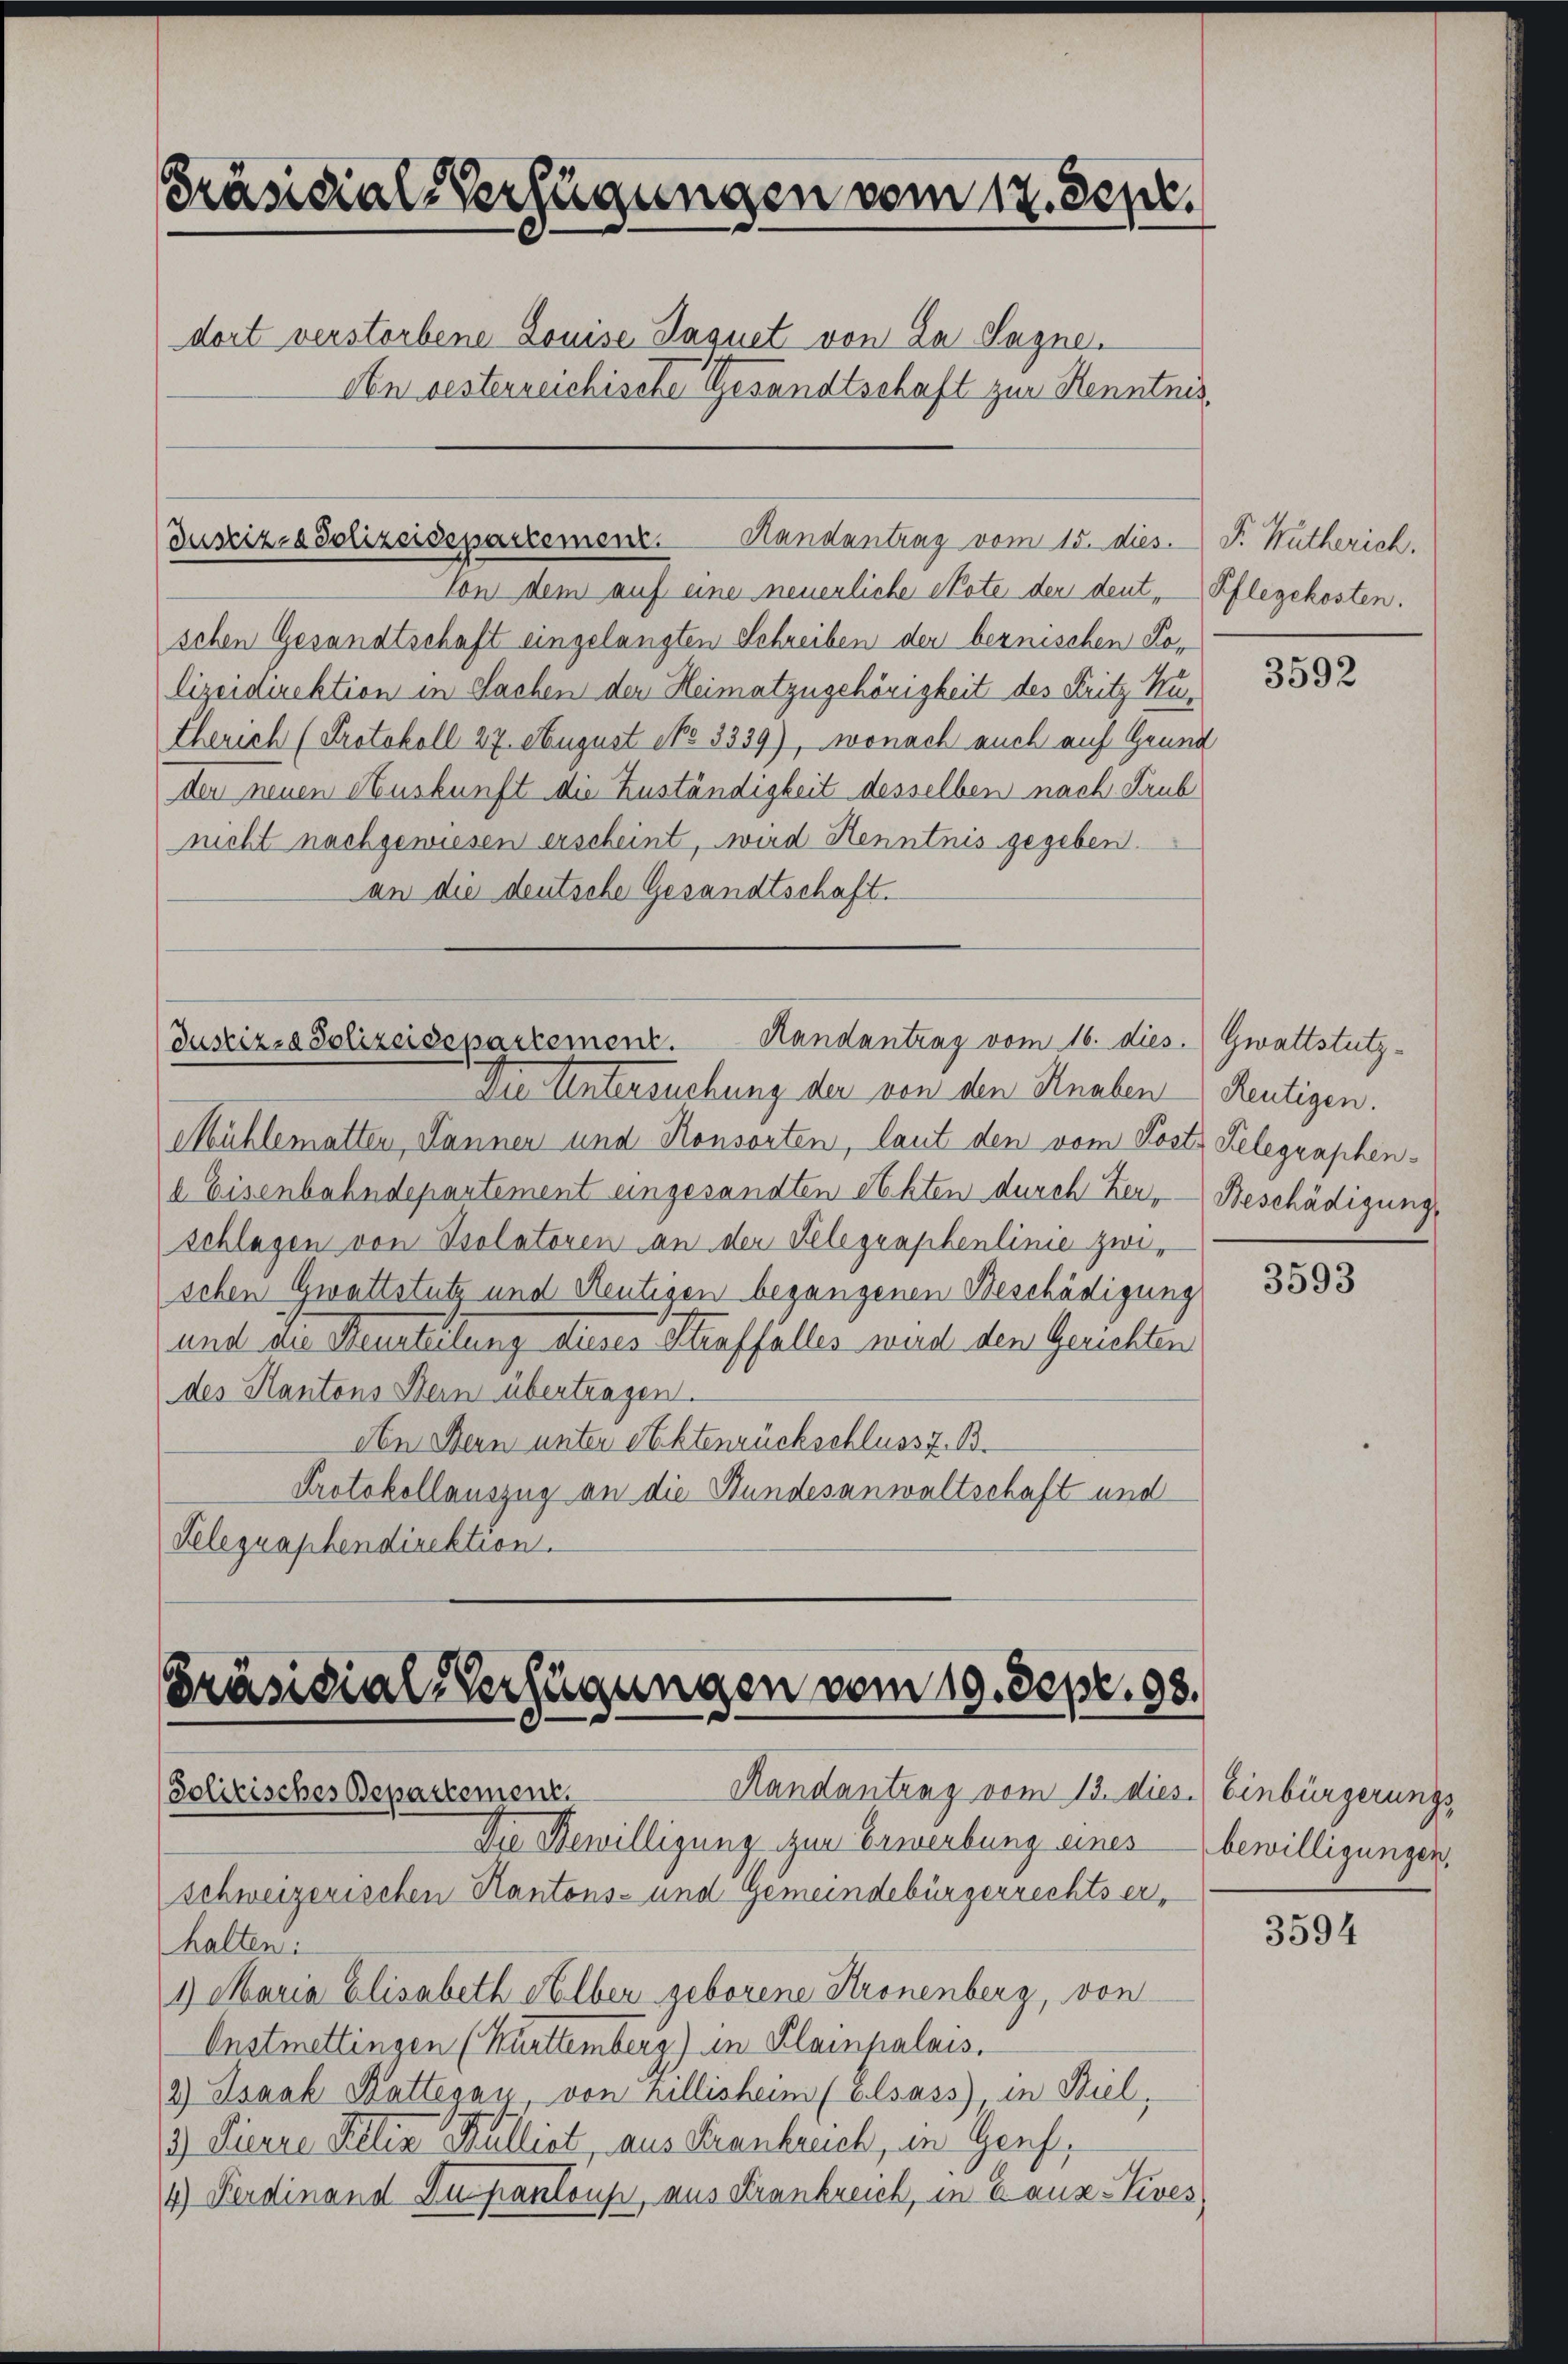
Präsidial-Verfügungen vom 17. Sept.
dort verstorbene Louise Jaquet von Za Sagne.
An besterreichische Gesandtschaft zur Kenntnis¬

Justiz- & Polizeidepartement.
Randantrag vom 15. dies. P. Rutherich.

Von dem auf eine neuerliche Note der deut, Pflegekosten.
schen Gesandtschaft eingelangten Schreiben der bernischen Solizeidirektion in Sachen der Heimat zugehörigkeit des Fritz Ku¬
Cherich (Protokoll 27. August No 3339), wonach auch auf Grund
der neuen Auskunft die Zuständigkeit desselben nach Trub
nicht nachgewiesen erscheint, wird Henntnis gegeben.
an die deutsche Gesandtschaft.

Randantrag vom 16. dies. Gwattstutz¬
Justiz- & Polizeidepartement
Die Untersuchung der von den Knaben

Präsidial-Verfügungen vom 19. Sept. 98.
Handantenz vom 13. dies. Einbürgerungs
Solitisches Departement.

schweizerischen Kantons- und Gemeindebürgerrechts er¬
1) Maria Elisabeth Alber geborene Stronenberg, von

Mühlematten, Lannen und Konsorten, laut den vom Post Telegraphena Eisenbahndepartement eingesandten Akten durch Zer, Beschädigung,
schlagen von Isolatoren an der Telegraphenlinie zwischen Gwattstutz und Reutigen begangenen Beschädigung
und die Heurteilung denes Straffalles wird den Gerichten
des Kantons Bern übertragen.
Aen Bern unter Aktenrückschluss z. B.
Protokollauszug an die Bundesanwaltschaft und
Telegraphendirektion.

Die Bewilligung zur Erwerbung eines
halten:
Onstmettingen (Kürttemberg) in Plainhalais.
2.) Isaak Kattegan, von Zillisheim (Elsass, in Biel,
3.) Dierre Pietin Mullist, aus Frankruch, in Genf,
4) Ferdinand Dupantons, aus Frankreich, in Gans-Lives

3592

Reutigen.

3593

bewilligungen,

3594